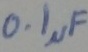
Text: 0.1µF